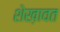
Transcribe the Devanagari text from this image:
शेख़ावत